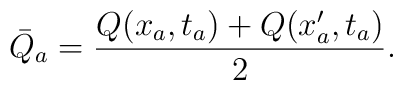
\bar{Q}_{a} = \frac{Q(x_{a},t_{a}) + Q(x'_{a},t_{a})}{2} .